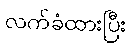
လက်ခံထားပြီး